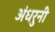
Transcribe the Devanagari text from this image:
अंधरुनी